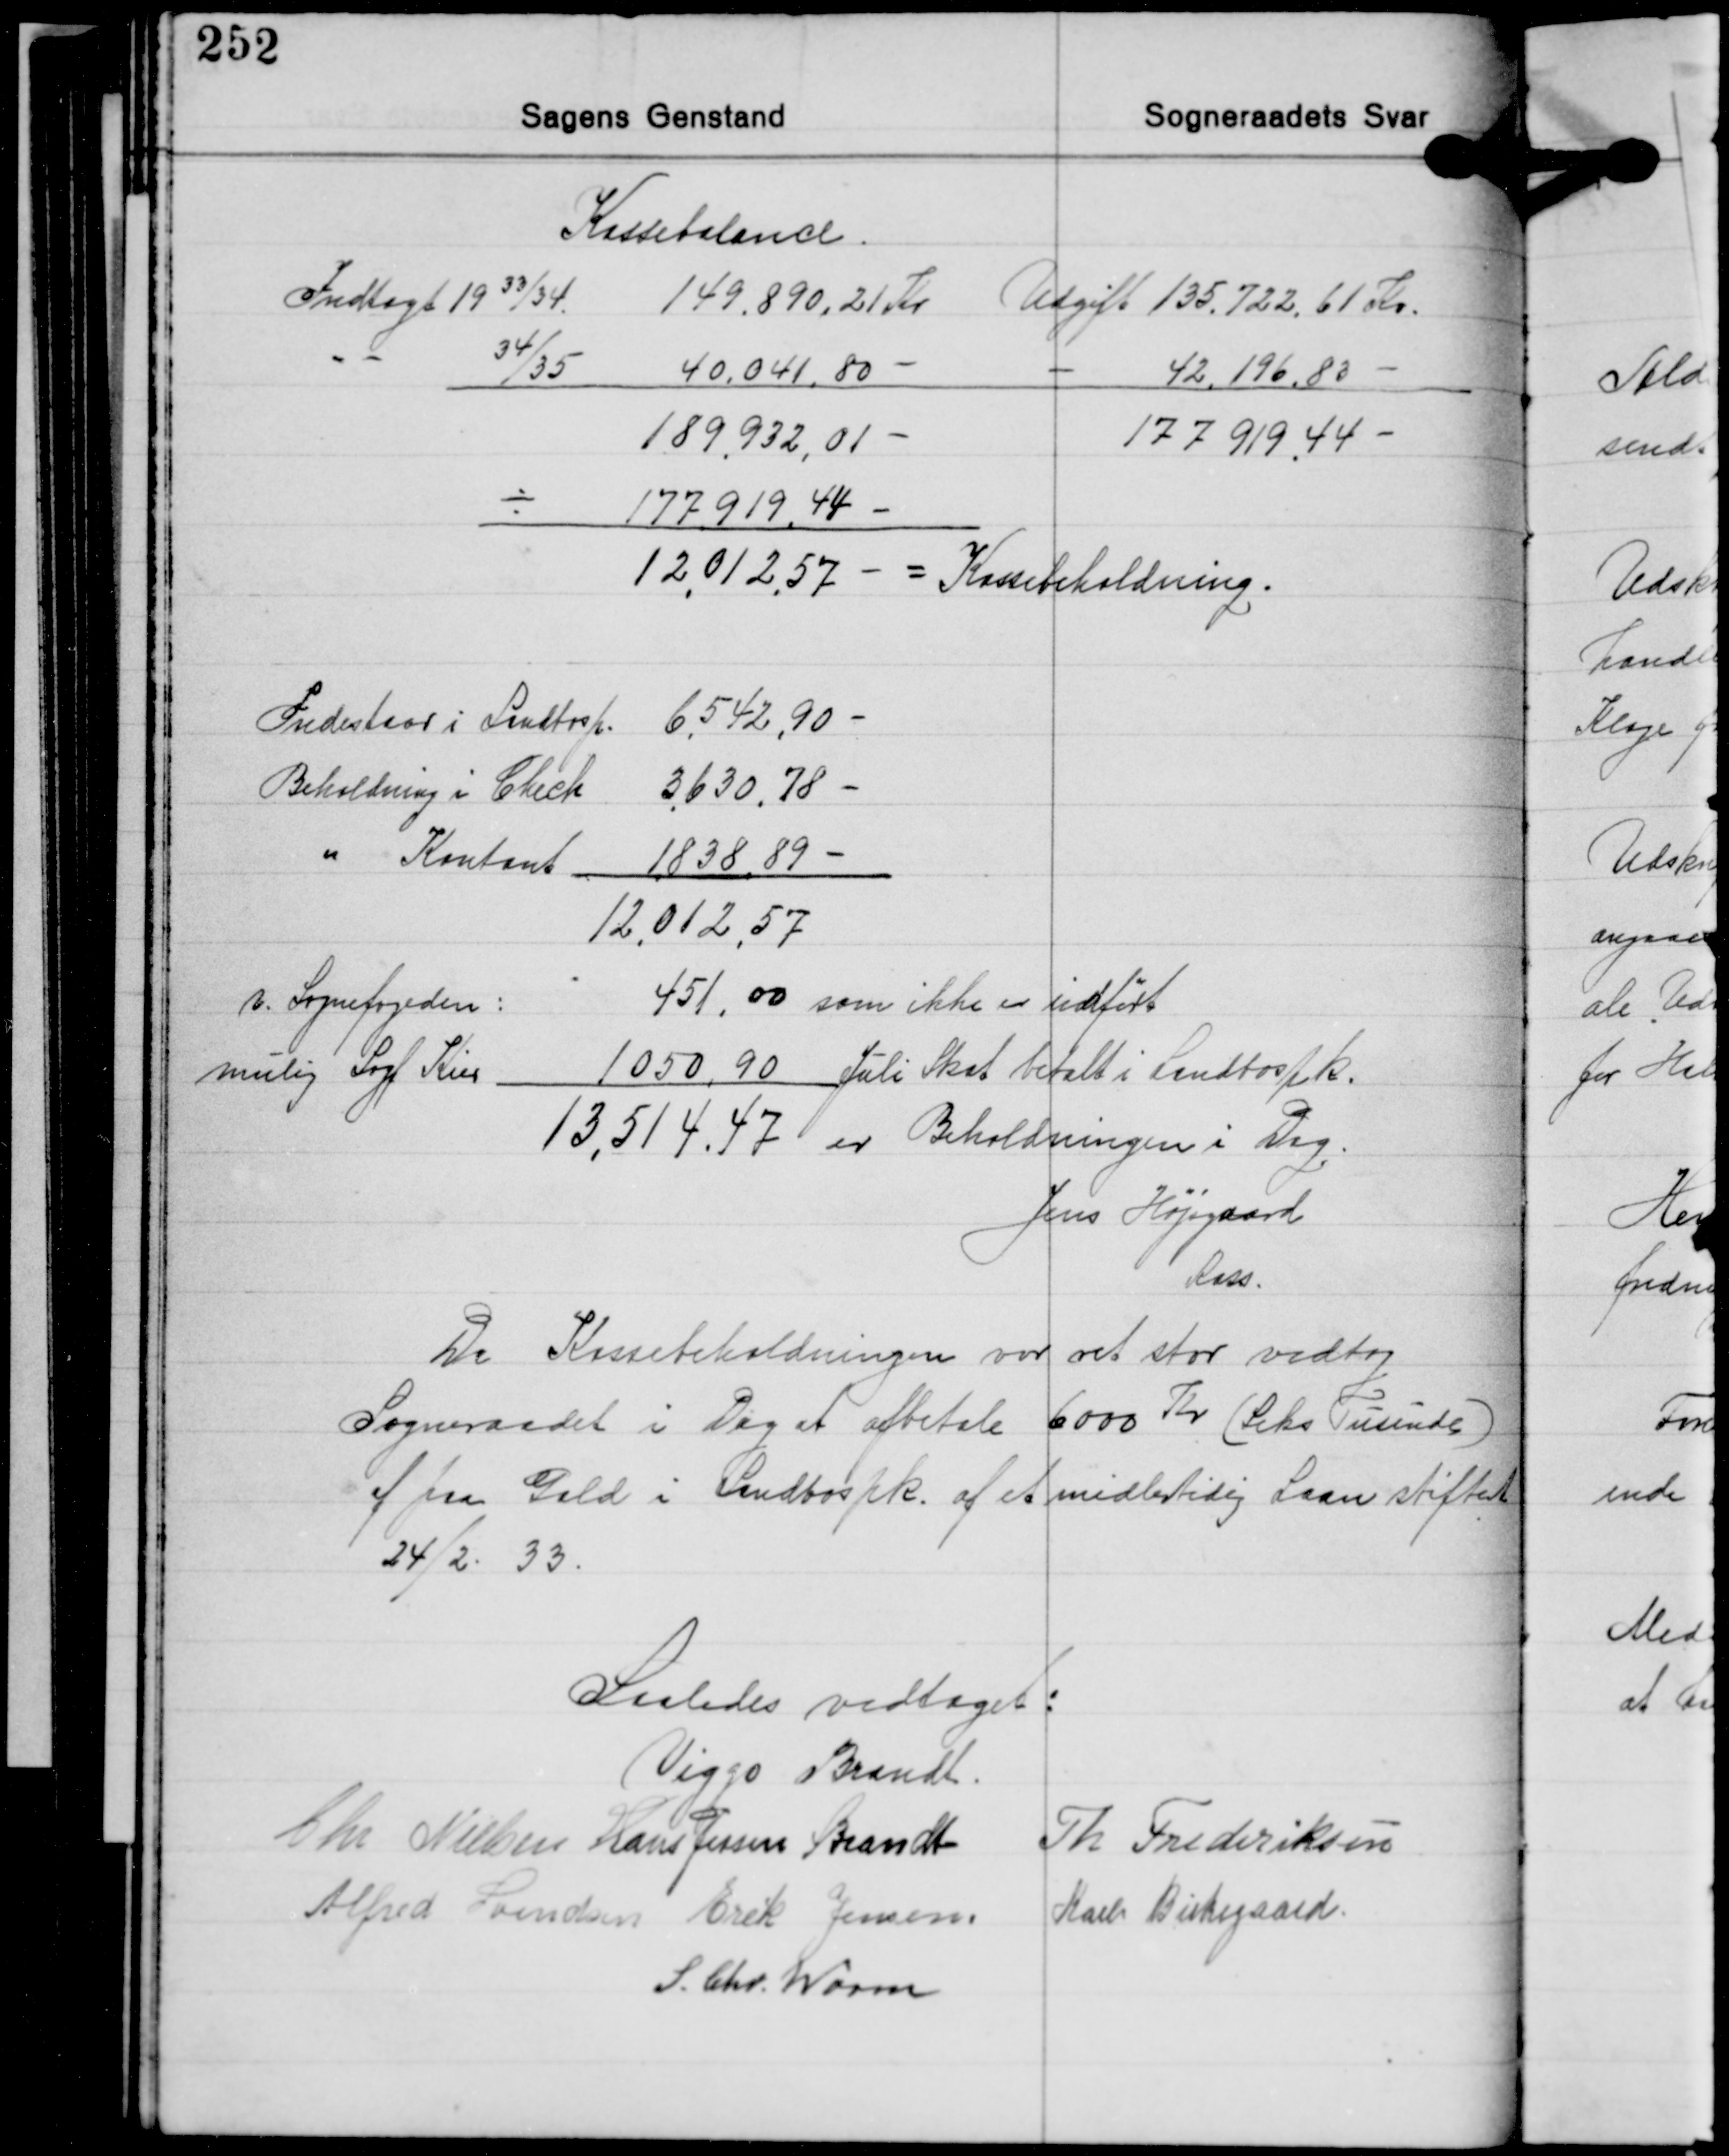
Transskription:
Kassebslance.
Indtægt 1933/34.
149.890,21 Kr. Udgift 135.722,61 Kr.
- 34/35 40.041,80 -
- 42.196,83 -
177.919,44 -
189,932,01-
÷ 177.919,44 -
12.012,57 - = Kassebeholdning.

Indestaar i Landbosp. 6.542,90 -
Beholdning i Check 3.630,78 -
" Kontant 1.838,89 -
12.012,57
v. Sognefogeden: 451,00 som ikke er indført
mulig Sogf. Kier 1.050,90 Juli Skat betalt i Landbospk.
13.514,47 er Beholdningen i Dag.

Jens Højsgaard
Kass.

Da Kassebeholdningen var ret stor vedtog
Sogneraadet i Dag at afbetale 6000 Kr. (Seks Tusinde)
af paa Gæld i Landbospk. af et midlertidig Laan stiftet
24/2 33.

Saaledes vedtaget:
Viggo Brandt
Chr. Nielsen Hans Jessen Brandt Th. Frederiksen
Alfred Svendsen Erik Jensen Karl Birkegaard
S. Chr. Worm